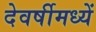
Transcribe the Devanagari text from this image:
देवर्षीमध्यें